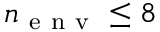
n _ { \mathrm { ~ e ~ n ~ v ~ } } \leq 8